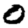
Digit: 0